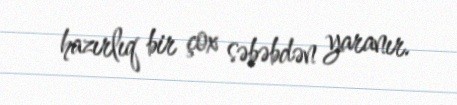
hazırlıq bir çox səbəbdən yaranır.